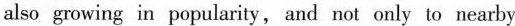
also growing in popularity, and not only to nearby